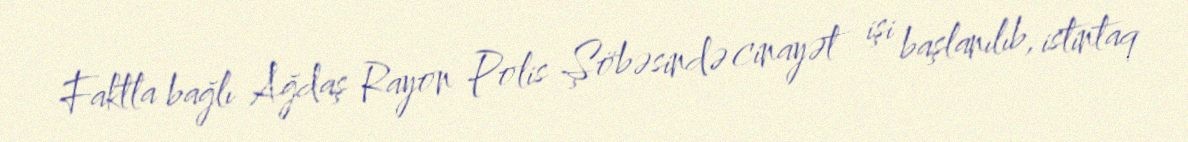
Faktla bağlı Ağdaş Rayon Polis Şöbəsində cinayət işi başlanılıb, istintaq